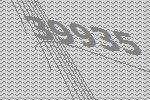
39935